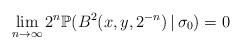
LaTeX: \begin{align*}\lim_{n\to\infty}2^{n}\mathbb{P}(B^2(x,y,2^{-n})\,|\,\sigma_{0})=0\end{align*}